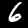
Label: 6